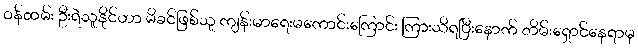
ဝန်ထမ်း ဦးရဲသူနိုင်ဟာ မိခင်ဖြစ်သူ ကျန်းမာရေးမကောင်းကြောင်း ကြားသိရပြီးနောက် တိမ်းရှောင်နေရာမှ